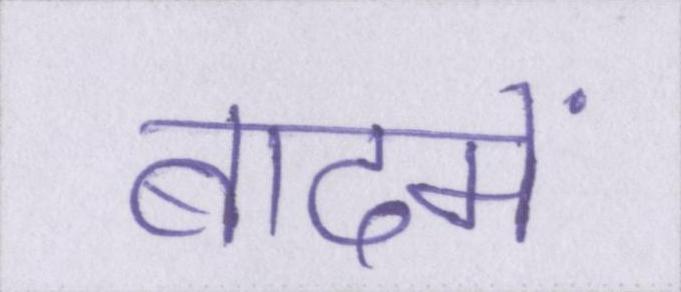
बादमें